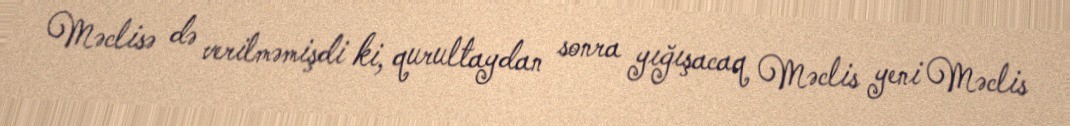
Məclisə də verilməmişdi ki, qurultaydan sonra yığışacaq Məclis yeni Məclis